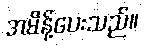
အမိန့်ပေးသည်။